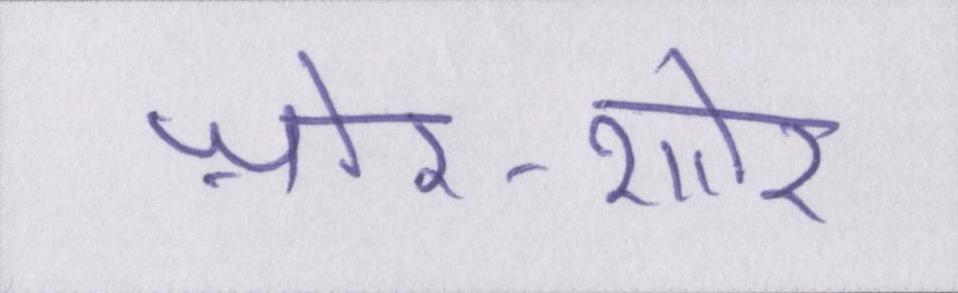
ज़ोर-शोर